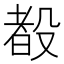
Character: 殾